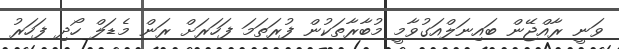
ވަނީ ރާއްޖޭން ބައިނަލްއަގުވާމީ މުބާރާތަކުން ފުރަތަމަ ފަހަރަށް ރަން މެޑަލް ހޯދި ފަހަރު